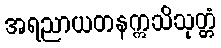
အရညာယတနဣသိသုတ္တံ